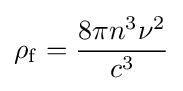
\rho _{\rm {f}}={\frac {8\pi n^{3}\nu ^{2}}{c^{3}}}